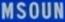
MSOUN